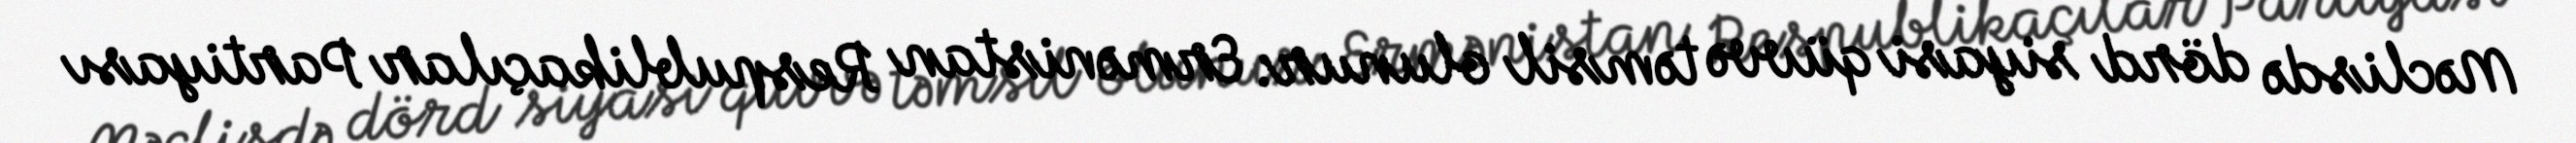
Məclisdə dörd siyasi qüvvə təmsil olunur: Ermənistan Respublikaçılar Partiyası